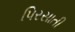
પિરસાતી